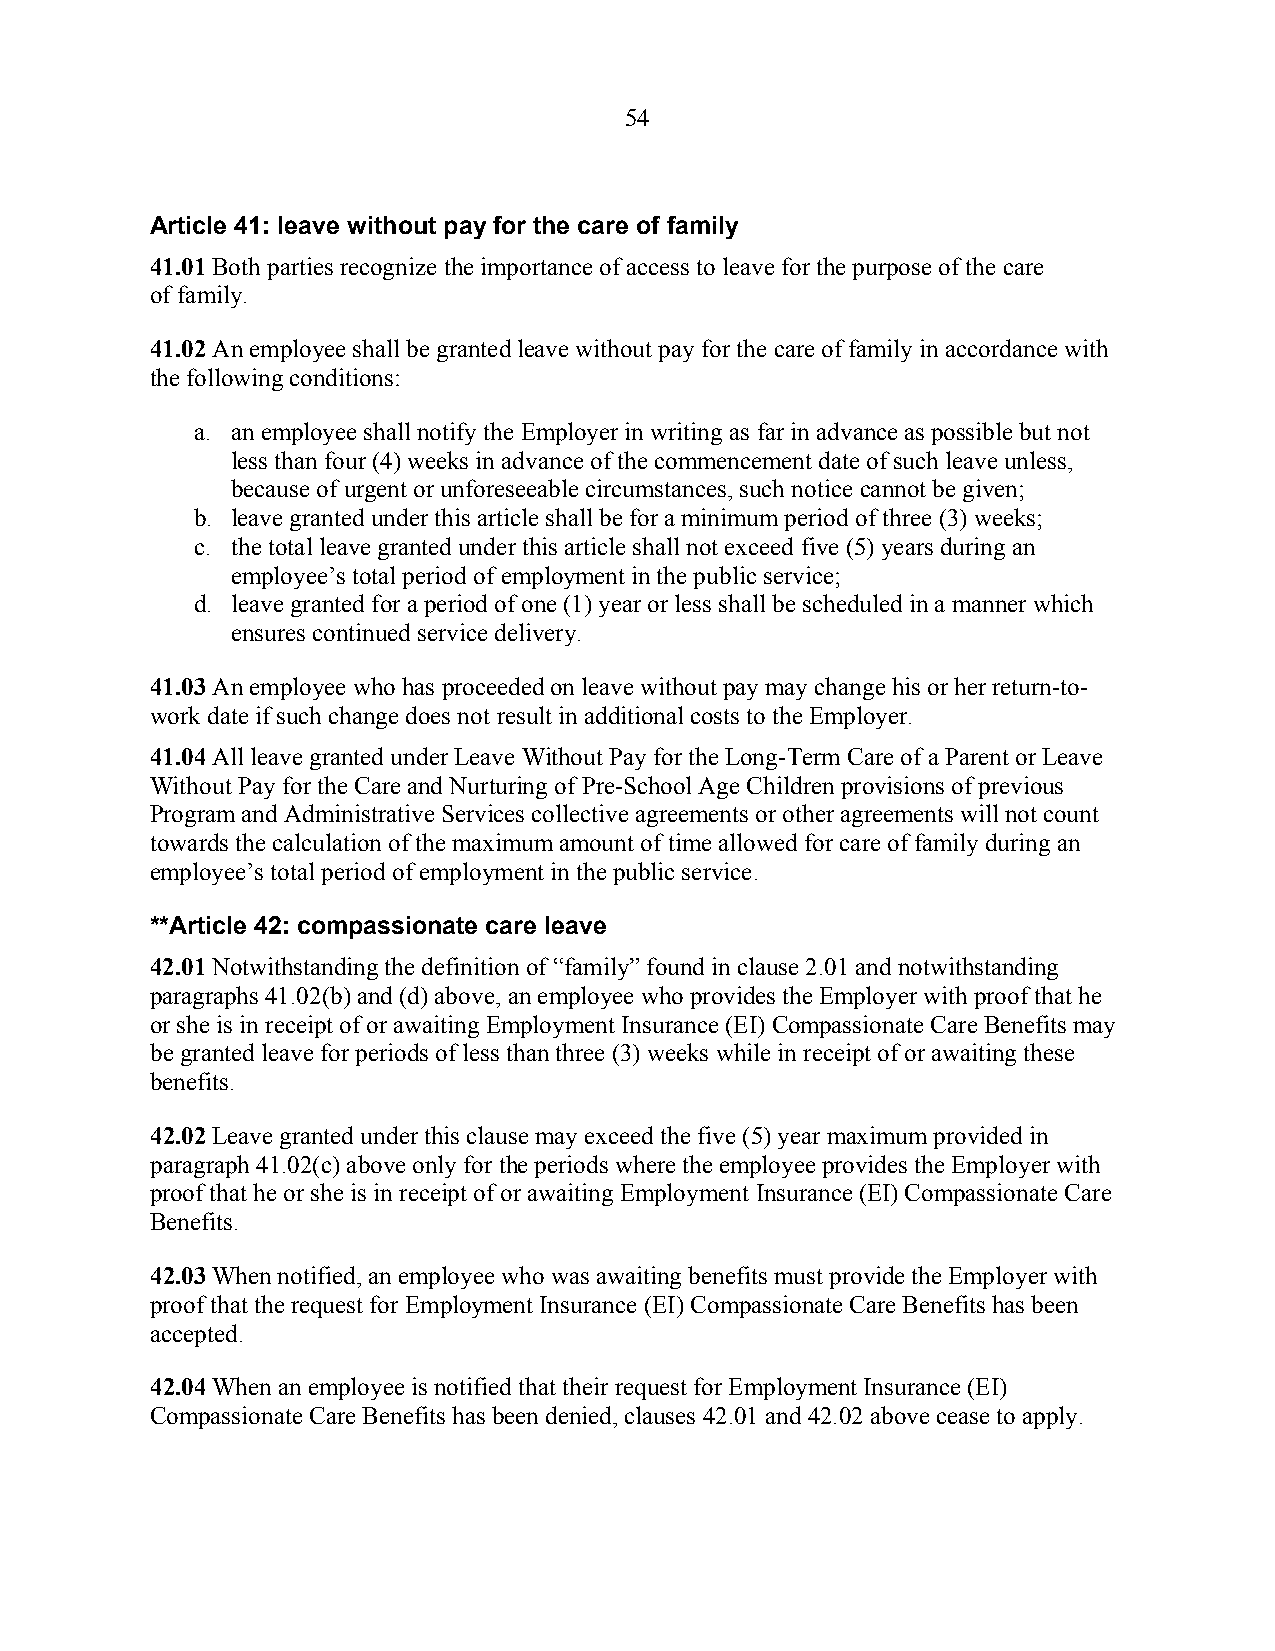
54
 Article 41: leave without pay for the care of family
 41.01 Both parties recognize the importance of access to leave for the purpose of the care
 of family.
 41.02 An employee shall be granted leave without pay for the care of family in accordance with
 the following conditions:
 a. an employee shall notify the Employer in writing as far in advance as possible but not
 less than four (4) weeks in advance of the commencement date of such leave unless,
 because of urgent or unforeseeable circumstances, such notice cannot be given;
 b. leave granted under this article shall be for a minimum period of three (3) weeks;
 c. the total leave granted under this article shall not exceed five (5) years during an
 employee’s total period of employment in the public service;
 d. leave granted for a period of one (1) year or less shall be scheduled in a manner which
 ensures continued service delivery.
 41.03 An employee who has proceeded on leave without pay may change his or her return-to-
 work date if such change does not result in additional costs to the Employer.
 41.04 All leave granted under Leave Without Pay for the Long-Term Care of a Parent or Leave
 Without Pay for the Care and Nurturing of Pre-School Age Children provisions of previous
 Program and Administrative Services collective agreements or other agreements will not count
 towards the calculation of the maximum amount of time allowed for care of family during an
 employee’s total period of employment in the public service.
 **Article 42: compassionate care leave
 42.01 Notwithstanding the definition of “family” found in clause 2.01 and notwithstanding
 paragraphs 41.02(b) and (d) above, an employee who provides the Employer with proof that he
 or she is in receipt of or awaiting Employment Insurance (EI) Compassionate Care Benefits may
 be granted leave for periods of less than three (3) weeks while in receipt of or awaiting these
 benefits.
 42.02 Leave granted under this clause may exceed the five (5) year maximum provided in
 paragraph 41.02(c) above only for the periods where the employee provides the Employer with
 proof that he or she is in receipt of or awaiting Employment Insurance (EI) Compassionate Care
 Benefits.
 42.03 When notified, an employee who was awaiting benefits must provide the Employer with
 proof that the request for Employment Insurance (EI) Compassionate Care Benefits has been
 accepted.
 42.04 When an employee is notified that their request for Employment Insurance (EI)
 Compassionate Care Benefits has been denied, clauses 42.01 and 42.02 above cease to apply.